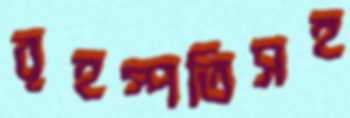
বৃহস্পতিসহ